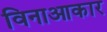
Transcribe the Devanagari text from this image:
विनाआकार